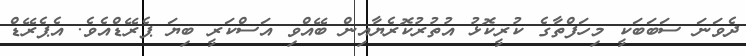
ދެވަނަ ސަބަބަކީ މިހަފްތާގެ ކުރީކޮޅު އުތުރުކޮރެޔާއިން ބޭއްވި އަސްކަރީ ބިޔަ ޕެރޭޑްއެވެ. އެޕެރޭޑް